Report on the bubonic plague in Bombay, 1896-1897
Year: 1896
Disease focus: Plague
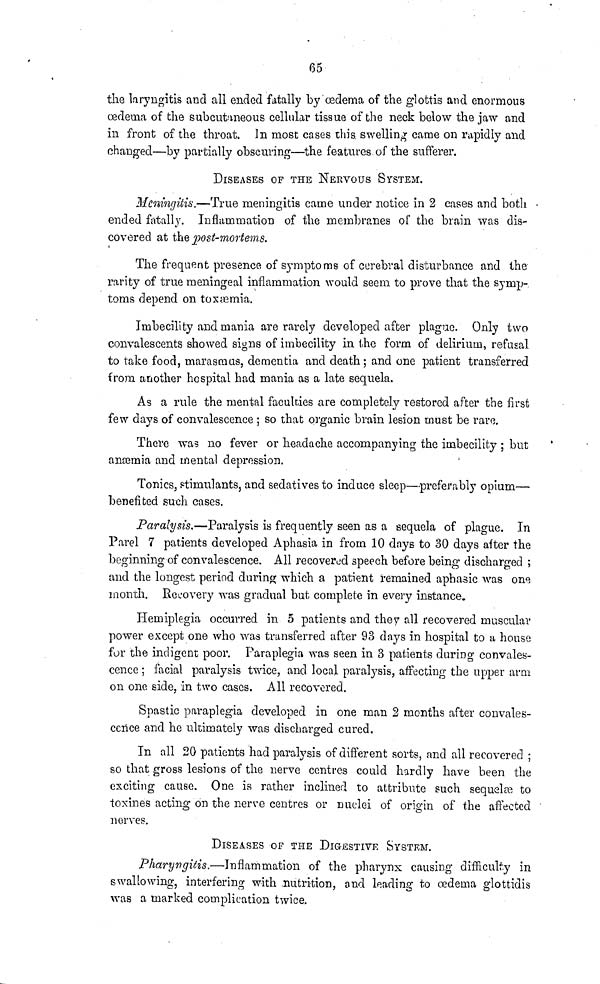
65
the laryngitis and all ended fatally by ædema of the glottis and enormous
oedema of the subcutaneous cellular tissue of the neck below the jaw and
in front of the throat. In most cases this swelling came on rapidly and
changed—by partially obscuring—the features of the sufferer.
DISEASES OF THE NERVOUS SYSTEM.
Meningitis.—True meningitis came under notice in 2 cases and both
ended fatally. Inflammation of the membranes of the brain was dis-
covered at the post-mortems.
The frequent presence of symptoms of cerebral disturbance and the
rarity of true meningeal inflammation would seem to prove that the symp-
toms depend on toxæmia.
Imbecility and mania are rarely developed after plague. Only two
convalescents showed signs of imbecility in the form of delirium, refusal
to take food, marasmus, dementia and death; and one patient transferred
from another hospital had mania as a late sequela.
As a rule the mental faculties are completely restored after the first
few days of convalescence ; so that organic brain lesion must be rare.
There was no fever or headache accompanying the imbecility ; but
anæmia and mental depression.
Tonics, stimulants, and sedatives to induce sleep—preferably opium—
benefited such cases.
Paralysis.—Paralysis is frequently seen as a sequela of plague. In
Parel 7 patients developed Aphasia in from 10 days to 30 days after the
beginning of convalescence. All recovered speech before being discharged ;
and the longest period during which a patient remained aphasie was one
month. Recovery was gradual but complete in every instance.
Hemiplegia occurred in 5 patients and they all recovered muscular
power except one who was transferred after 93 days in hospital to a house
for the indigent poor. Paraplegia was seen in 3 patients during convales-
cence ; facial paralysis twice, and local paralysis, affecting the upper arm
on one side, in two cases. All recovered.
Spastic paraplegia developed in one man 2 months after convales-
cence and he ultimately was discharged cured.
In all 20 patients had paralysis of different sorts, and all recovered ;
so that gross lesions of the nerve centres could hardly have been the
exciting cause. One is rather inclined to attribute such sequelæ to
toxines acting on the nerve centres or nuclei of origin of the affected
nerves.
DISEASES OF THE DIGESTIVE SYSTEM.
Pharyngitis.—Inflammation of the pharynx causing difficulty in
swallowing, interfering with nutrition, and leading to ædema glottidis
was a marked complication twice.